Bombay plague: being a history of the progress of plague in the Bombay presidency from September 1896 to June 1899
Year: 1896
Disease focus: Plague
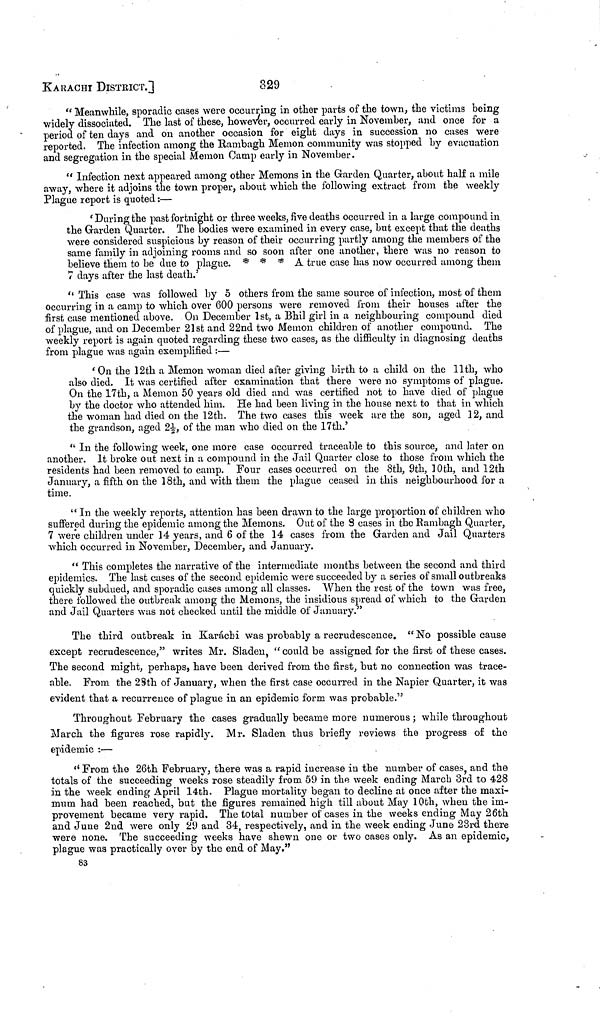
KARACHI DISTRICT.]
329
"Meanwhile, sporadic cases were occurring in other parts of the town, the victims being
widely dissociated. The last of these, however, occurred early in November, and once for a
period of ten days and on another occasion for eight days in succession no cases were
reported. The infection among the Rambagh Memon community was stopped by evacuation
and segregation in the special Memon Camp early in November.
" Infection next appeared among other Memons in the Garden Quarter, about half a mile
away, where it adjoins the town proper, about which the following extract from the weekly
Plague report is quoted:—
'During the past fortnight or three weeks, five deaths occurred in a large compound in
the Garden Quarter. The bodies were examined in every case, but except that the deaths
were considered suspicious by reason of their occurring partly among the members of the
same family in adjoining rooms and so soon after one another, 'there was no reason to
believe them to be due to plague. * * * A true case has now occurred among them
7 days after the last death.'
"This case was followed by 5 others from the same source of infection, most of them
occurring in a camp to which over 600 persons were removed from their houses after the
first case mentioned above. On December 1st, a Bhil girl in a neighbouring compound died
of plague, and on December 21st and 22nd two Memon children of another compound. The
weekly report is again quoted regarding these two cases, as the difficulty in diagnosing deaths
from plague was again exemplified :—
'On the 12th a Memon woman died after giving birth to a child on the 11th, who
also died. It was certified after examination that there were no symptoms of plague.
On the 17th, a Memon 50 years old died and was certified not to have died of plague
by the doctor who attended him. He had been living in the house next to that in which
the woman had died on the 12th. The two cases this week are the son, aged 12, and
the grandson, aged 2½, of the man who died on the 17th.'
" In the following week, one more case occurred traceable to this source, and later on
another. It broke out next in a compound in the Jail Quarter close to those from which the
residents had been removed to camp. Four cases occurred on the 8th, 9th, 10th, and 12th
January, a fifth on the 18th, and with them the plague ceased in this neighbourhood for a
time.
" In the weekly reports, attention has been drawn to the large proportion of children who
suffered during the epidemic among the Memons. Out of the 8 cases in the Rambagh Quarter,
7 were children under 14 years, and 6 of the 14 cases from the Garden and Jail Quarters
which occurred in November, December, and January.
" This completes the narrative of the intermediate months between the second and third
epidemics. The last cases of the second epidemic were succeeded by a series of small outbreaks
quickly subdued, and sporadic cases among all classes. When the rest of the town was free,
there followed the outbreak among the Memons, the insidious spread of which to the Garden
and Jail Quarters was not checked until the middle of January."
The third outbreak in Karachi was probably a recrudescence. "No possible cause
except recrudescence," writes Mr. Sladeu, "could be assigned for the first of these cases.
The second might, perhaps, have been derived from the first, but no connection was trace-
able. From the 2Sth of January, when the first case occurred in the Napier Quarter, it was
evident that a recurrence of plague in an epidemic form was probable."
Throughout February the cases gradually became more numerous; while throughout
March the figures rose rapidly. Mr. Sladen thus briefly reviews the progress of the
epidemic :—
'' From the 26th February, there was a rapid increase in the number of cases, and the
totals of the succeeding weeks rose steadily from 59 in the week ending March 3rd to 428
in the week ending April 14th. Plague mortality began to decline at once after the maxi-
mum had been reached, but the figures remained high till about May 10th, when the im-
provement became very rapid. The total number of cases in the weeks ending May 26th
and June 2nd were only 29 and 34, respectively, and in the week ending June 23rd there
were none. The succeeding weeks have shewn one or two cases only. As an epidemic,
plague was practically over by the end of May."
83